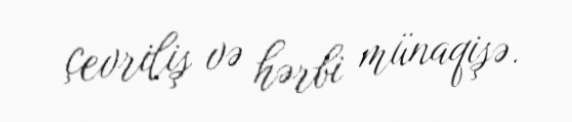
çevriliş və hərbi münaqişə.